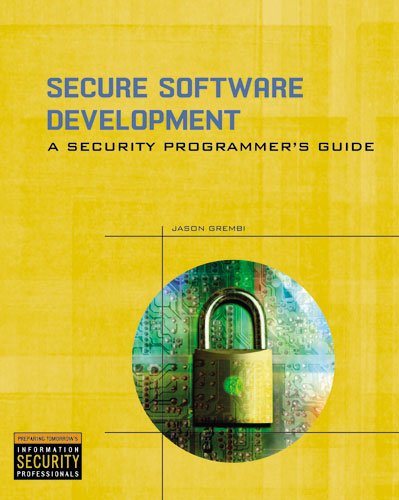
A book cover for Secure Software Development: A Security Programmer's Guide; Jason Grembi; Computers & Technology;